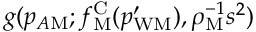
g ( p _ { A \mathrm { M } } ; f _ { \mathrm { M } } ^ { \mathrm { C } } ( p _ { \mathrm { W M } } ^ { \prime } ) , \rho _ { \mathrm { M } } ^ { - 1 } s ^ { 2 } )